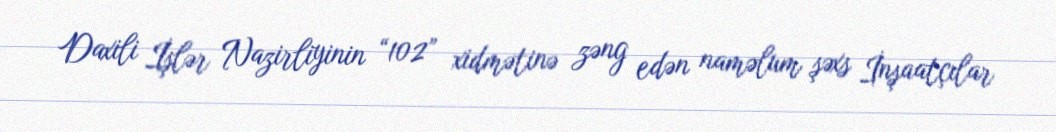
Daxili İşlər Nazirliyinin “102” xidmətinə zəng edən naməlum şəxs İnşaatçılar